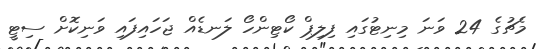
މެޗުގެ 24 ވަނަ މިނިޓުގައި ފިލިޕް ކޯޓިންހޯ ލަނޑެއް ޖަހައިފައި ވަނިކޮށް ސިޓީ